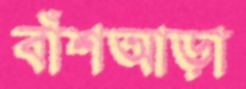
বাঁশআড়া